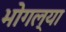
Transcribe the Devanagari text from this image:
भोगल्या